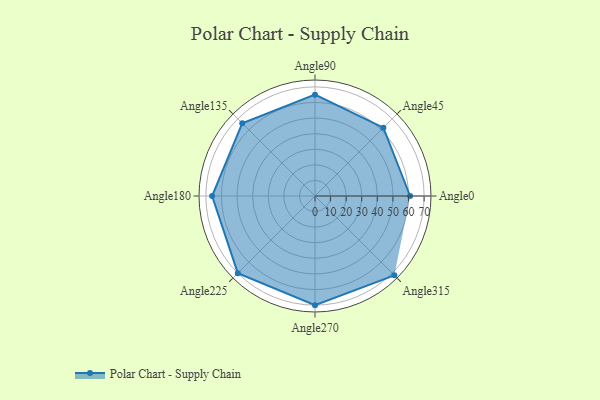
{"axis": {"x": "Angle", "y": "Radius"}, "legend": [""], "data": [{"x": "Angle0", "y": 61.0, "type": ""}, {"x": "Angle45", "y": 62.0, "type": ""}, {"x": "Angle90", "y": 65.0, "type": ""}, {"x": "Angle135", "y": 66.0, "type": ""}, {"x": "Angle180", "y": 66.0, "type": ""}, {"x": "Angle225", "y": 70.0, "type": ""}, {"x": "Angle270", "y": 70.0, "type": ""}, {"x": "Angle315", "y": 72.0, "type": ""}]}